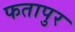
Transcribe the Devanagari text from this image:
फतापुर